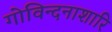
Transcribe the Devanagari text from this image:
गोविन्दनाशारि